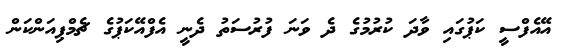
އޭއެފްސީ ކަޕުގައި ވާދަ ކުރުމުގެ ދެ ވަނަ ފުރުސަތު ދެނީ އެފްއޭކަޕުގެ ޗެމްޕިއަންކަން